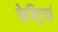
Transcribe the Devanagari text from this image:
फेक्ट्रियां